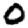
Digit: 0